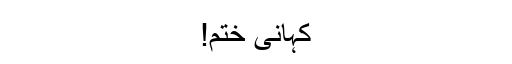
کہانی ختم!